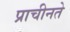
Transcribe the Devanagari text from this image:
प्राचीनते